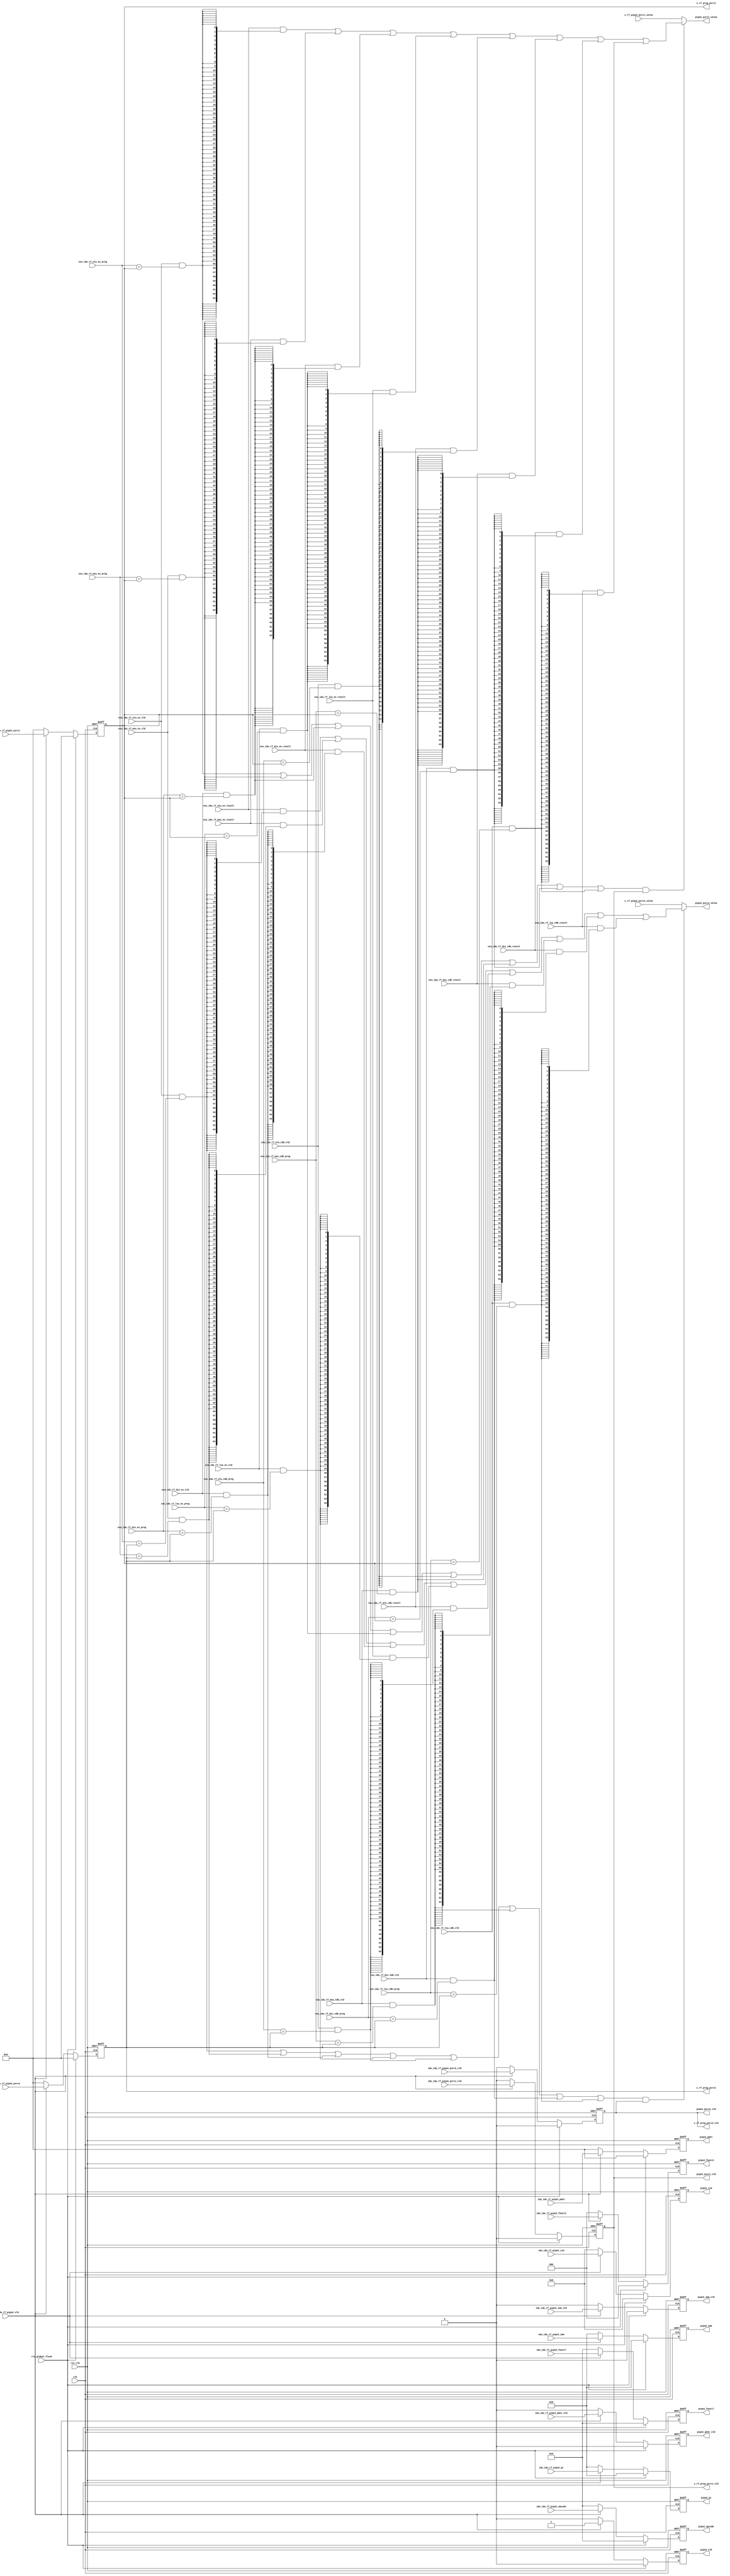
module idu_rf_pipe2 (
    clk,
    rst_clk,
    rtu_global_flush,
    idu_idu_rf_pipe2_vld,
    idu_idu_rf_pipe2_iid,
    idu_idu_rf_pipe2_opcode,
    idu_idu_rf_pipe2_funct7,
    idu_idu_rf_pipe2_funct3,
    idu_idu_rf_pipe2_pc,
    idu_idu_rf_pipe2_psrc1_vld,
    idu_idu_rf_pipe2_psrc1,
    idu_idu_rf_pipe2_psrc2_vld,
    idu_idu_rf_pipe2_psrc2,
    idu_idu_rf_pipe2_pdst_vld,
    idu_idu_rf_pipe2_pdst,
    idu_idu_rf_pipe2_imm_vld,
    idu_idu_rf_pipe2_imm,
    exu_idu_rf_alu_ex_vld,
    exu_idu_rf_alu_ex_preg,
    exu_idu_rf_alu_ex_result,
    exu_idu_rf_mxu_ex_vld,
    exu_idu_rf_mxu_ex_preg,
    exu_idu_rf_mxu_ex_result,
    exu_idu_rf_div_ex_vld,
    exu_idu_rf_div_ex_preg,
    exu_idu_rf_div_ex_result,
    exu_idu_rf_lsu_ex_vld,
    exu_idu_rf_lsu_ex_preg,
    exu_idu_rf_lsu_ex_result,
    exu_idu_rf_alu_cdb_vld,
    exu_idu_rf_alu_cdb_preg,
    exu_idu_rf_alu_cdb_result,
    exu_idu_rf_mxu_cdb_vld,
    exu_idu_rf_mxu_cdb_preg,
    exu_idu_rf_mxu_cdb_result,
    exu_idu_rf_div_cdb_vld,
    exu_idu_rf_div_cdb_preg,
    exu_idu_rf_div_cdb_result,
    exu_idu_rf_lsu_cdb_vld,
    exu_idu_rf_lsu_cdb_preg,
    exu_idu_rf_lsu_cdb_result,
    x_rf_pipe2_psrc1_value,
    x_rf_pipe2_psrc2_value,
    x_rf_preg_psrc1_vld,
    x_rf_preg_psrc1,
    x_rf_preg_psrc2_vld,
    x_rf_preg_psrc2,
    pipe2_vld,
    pipe2_iid,
    pipe2_opcode,
    pipe2_funct7,
    pipe2_funct3,
    pipe2_pc,
    pipe2_psrc1_vld,
    pipe2_psrc1_value,
    pipe2_psrc2_vld,
    pipe2_psrc2_value,
    pipe2_pdst_vld,
    pipe2_pdst,
    pipe2_imm_vld,
    pipe2_imm
);
    // &Ports;
    input         clk;
    input         rst_clk;
    input         rtu_global_flush;
    input         idu_idu_rf_pipe2_vld;
    input  [4 :0] idu_idu_rf_pipe2_iid;
    input  [6 :0] idu_idu_rf_pipe2_opcode;
    input  [6 :0] idu_idu_rf_pipe2_funct7;
    input  [2 :0] idu_idu_rf_pipe2_funct3;
    input  [63:0] idu_idu_rf_pipe2_pc;
    input         idu_idu_rf_pipe2_psrc1_vld;
    input  [5 :0] idu_idu_rf_pipe2_psrc1;
    input         idu_idu_rf_pipe2_psrc2_vld;
    input  [5 :0] idu_idu_rf_pipe2_psrc2;
    input         idu_idu_rf_pipe2_pdst_vld;
    input  [5 :0] idu_idu_rf_pipe2_pdst;
    input         idu_idu_rf_pipe2_imm_vld;
    input  [63:0] idu_idu_rf_pipe2_imm;
    input         exu_idu_rf_alu_ex_vld;
    input  [5 :0] exu_idu_rf_alu_ex_preg;
    input  [63:0] exu_idu_rf_alu_ex_result;
    input         exu_idu_rf_mxu_ex_vld;
    input  [5 :0] exu_idu_rf_mxu_ex_preg;
    input  [63:0] exu_idu_rf_mxu_ex_result;
    input         exu_idu_rf_div_ex_vld;
    input  [5 :0] exu_idu_rf_div_ex_preg;
    input  [63:0] exu_idu_rf_div_ex_result;
    input         exu_idu_rf_lsu_ex_vld;
    input  [5 :0] exu_idu_rf_lsu_ex_preg;
    input  [63:0] exu_idu_rf_lsu_ex_result;
    input         exu_idu_rf_alu_cdb_vld;
    input  [5 :0] exu_idu_rf_alu_cdb_preg;
    input  [63:0] exu_idu_rf_alu_cdb_result;
    input         exu_idu_rf_mxu_cdb_vld;
    input  [5 :0] exu_idu_rf_mxu_cdb_preg;
    input  [63:0] exu_idu_rf_mxu_cdb_result;
    input         exu_idu_rf_div_cdb_vld;
    input  [5 :0] exu_idu_rf_div_cdb_preg;
    input  [63:0] exu_idu_rf_div_cdb_result;
    input         exu_idu_rf_lsu_cdb_vld;
    input  [5 :0] exu_idu_rf_lsu_cdb_preg;
    input  [63:0] exu_idu_rf_lsu_cdb_result;
    input  [63:0] x_rf_pipe2_psrc1_value;
    input  [63:0] x_rf_pipe2_psrc2_value;
    output        x_rf_preg_psrc1_vld;
    output [5 :0] x_rf_preg_psrc1;
    output        x_rf_preg_psrc2_vld;
    output [5 :0] x_rf_preg_psrc2;
    output        pipe2_vld;
    output [4 :0] pipe2_iid;
    output [6 :0] pipe2_opcode;
    output [6 :0] pipe2_funct7;
    output [2 :0] pipe2_funct3;
    output [63:0] pipe2_pc;
    output        pipe2_psrc1_vld;
    output [63:0] pipe2_psrc1_value;
    output        pipe2_psrc2_vld;
    output [63:0] pipe2_psrc2_value;
    output        pipe2_pdst_vld;
    output [5 :0] pipe2_pdst;
    output        pipe2_imm_vld;
    output [63:0] pipe2_imm;

    // &Regs;
    reg        x_rf_preg_psrc1_vld;
    reg [5 :0] x_rf_preg_psrc1;
    reg        x_rf_preg_psrc2_vld;
    reg [5 :0] x_rf_preg_psrc2;
    reg        pipe2_vld;
    reg [4 :0] pipe2_iid;
    reg [6 :0] pipe2_opcode;
    reg [6 :0] pipe2_funct7;
    reg [2 :0] pipe2_funct3;
    reg [63:0] pipe2_pc;
    reg        pipe2_pdst_vld;
    reg [5 :0] pipe2_pdst;
    reg        pipe2_imm_vld;
    reg [63:0] pipe2_imm;

    // &Wires;
    wire        clk;
    wire        rst_clk;
    wire        rtu_global_flush;
    wire        idu_idu_rf_pipe2_vld;
    wire [4 :0] idu_idu_rf_pipe2_iid;
    wire [6 :0] idu_idu_rf_pipe2_opcode;
    wire [6 :0] idu_idu_rf_pipe2_funct7;
    wire [2 :0] idu_idu_rf_pipe2_funct3;
    wire [63:0] idu_idu_rf_pipe2_pc;
    wire        idu_idu_rf_pipe2_psrc1_vld;
    wire [5 :0] idu_idu_rf_pipe2_psrc1;
    wire        idu_idu_rf_pipe2_psrc2_vld;
    wire [5 :0] idu_idu_rf_pipe2_psrc2;
    wire        idu_idu_rf_pipe2_pdst_vld;
    wire [5 :0] idu_idu_rf_pipe2_pdst;
    wire        idu_idu_rf_pipe2_imm_vld;
    wire [63:0] idu_idu_rf_pipe2_imm;
    wire        exu_idu_rf_alu_ex_vld;
    wire [5 :0] exu_idu_rf_alu_ex_preg;
    wire [63:0] exu_idu_rf_alu_ex_result;
    wire        exu_idu_rf_alu_ex_psrc1_match;
    wire        exu_idu_rf_alu_ex_psrc2_match;
    wire        exu_idu_rf_mxu_ex_vld;
    wire [5 :0] exu_idu_rf_mxu_ex_preg;
    wire [63:0] exu_idu_rf_mxu_ex_result;
    wire        exu_idu_rf_mxu_ex_psrc1_match;
    wire        exu_idu_rf_mxu_ex_psrc2_match;
    wire        exu_idu_rf_div_ex_vld;
    wire [5 :0] exu_idu_rf_div_ex_preg;
    wire [63:0] exu_idu_rf_div_ex_result;
    wire        exu_idu_rf_div_ex_psrc1_match;
    wire        exu_idu_rf_div_ex_psrc2_match;
    wire        exu_idu_rf_lsu_ex_vld;
    wire [5 :0] exu_idu_rf_lsu_ex_preg;
    wire [63:0] exu_idu_rf_lsu_ex_result;
    wire        exu_idu_rf_lsu_ex_psrc1_match;
    wire        exu_idu_rf_lsu_ex_psrc2_match;
    wire        exu_idu_rf_alu_cdb_vld;
    wire [5 :0] exu_idu_rf_alu_cdb_preg;
    wire [63:0] exu_idu_rf_alu_cdb_result;
    wire        exu_idu_rf_alu_cdb_psrc1_match;
    wire        exu_idu_rf_alu_cdb_psrc2_match;
    wire        exu_idu_rf_mxu_cdb_vld;
    wire [5 :0] exu_idu_rf_mxu_cdb_preg;
    wire [63:0] exu_idu_rf_mxu_cdb_result;
    wire        exu_idu_rf_mxu_cdb_psrc1_match;
    wire        exu_idu_rf_mxu_cdb_psrc2_match;
    wire        exu_idu_rf_div_cdb_vld;
    wire [5 :0] exu_idu_rf_div_cdb_preg;
    wire [63:0] exu_idu_rf_div_cdb_result;
    wire        exu_idu_rf_div_cdb_psrc1_match;
    wire        exu_idu_rf_div_cdb_psrc2_match;
    wire        exu_idu_rf_lsu_cdb_vld;
    wire [5 :0] exu_idu_rf_lsu_cdb_preg;
    wire [63:0] exu_idu_rf_lsu_cdb_result;
    wire        exu_idu_rf_lsu_cdb_psrc1_match;
    wire        exu_idu_rf_lsu_cdb_psrc2_match;
    wire        forward_psrc1_match;
    wire        forward_psrc2_match;
    wire [63:0] x_rf_pipe2_psrc1_value;
    wire [63:0] x_rf_pipe2_psrc2_value;
    wire        pipe2_psrc1_vld;
    wire [63:0] pipe2_psrc1_value;
    wire        pipe2_psrc2_vld;
    wire [63:0] pipe2_psrc2_value;

    always @(posedge clk or negedge rst_clk)
    begin
        if (!rst_clk) begin
            pipe2_vld           <= 0;
            pipe2_iid           <= 0;
            pipe2_opcode        <= 0;
            pipe2_funct7        <= 0;
            pipe2_funct3        <= 0;
            pipe2_pc            <= 0;
            x_rf_preg_psrc1_vld <= 0;
            x_rf_preg_psrc1     <= 0;
            x_rf_preg_psrc2_vld <= 0;
            x_rf_preg_psrc2     <= 0;
            pipe2_pdst_vld      <= 0;
            pipe2_pdst          <= 0;
            pipe2_imm_vld       <= 0;
            pipe2_imm           <= 0;
        end
        else if (rtu_global_flush) begin
            pipe2_vld           <= 0;
            pipe2_iid           <= 0;
            pipe2_opcode        <= 0;
            pipe2_funct7        <= 0;
            pipe2_funct3        <= 0;
            pipe2_pc            <= 0;
            x_rf_preg_psrc1_vld <= 0;
            x_rf_preg_psrc1     <= 0;
            x_rf_preg_psrc2_vld <= 0;
            x_rf_preg_psrc2     <= 0;
            pipe2_pdst_vld      <= 0;
            pipe2_pdst          <= 0;
            pipe2_imm_vld       <= 0;
            pipe2_imm           <= 0;
        end
        else if (idu_idu_rf_pipe2_vld) begin
            pipe2_vld           <= 1;
            pipe2_iid           <= idu_idu_rf_pipe2_iid;
            pipe2_opcode        <= idu_idu_rf_pipe2_opcode;
            pipe2_funct7        <= idu_idu_rf_pipe2_funct7;
            pipe2_funct3        <= idu_idu_rf_pipe2_funct3;
            pipe2_pc            <= idu_idu_rf_pipe2_pc;
            x_rf_preg_psrc1_vld <= idu_idu_rf_pipe2_psrc1_vld;
            x_rf_preg_psrc1     <= idu_idu_rf_pipe2_psrc1;
            x_rf_preg_psrc2_vld <= idu_idu_rf_pipe2_psrc2_vld;
            x_rf_preg_psrc2     <= idu_idu_rf_pipe2_psrc2;
            pipe2_pdst_vld      <= idu_idu_rf_pipe2_pdst_vld;
            pipe2_pdst          <= idu_idu_rf_pipe2_pdst;
            pipe2_imm_vld       <= idu_idu_rf_pipe2_imm_vld;
            pipe2_imm           <= idu_idu_rf_pipe2_imm;
        end
        else begin
            pipe2_vld           <= 0;
            pipe2_iid           <= 0;
            pipe2_opcode        <= 0;
            pipe2_funct7        <= 0;
            pipe2_funct3        <= 0;
            pipe2_pc            <= 0;
            x_rf_preg_psrc1_vld <= 0;
            x_rf_preg_psrc1     <= 0;
            x_rf_preg_psrc2_vld <= 0;
            x_rf_preg_psrc2     <= 0;
            pipe2_pdst_vld      <= 0;
            pipe2_pdst          <= 0;
            pipe2_imm_vld       <= 0;
            pipe2_imm           <= 0;
        end
    end

    assign pipe2_psrc1_vld = x_rf_preg_psrc1_vld;
    assign pipe2_psrc2_vld = x_rf_preg_psrc2_vld;

    assign exu_idu_rf_alu_ex_psrc1_match = exu_idu_rf_alu_ex_vld & (exu_idu_rf_alu_ex_preg == x_rf_preg_psrc1);
    assign exu_idu_rf_alu_ex_psrc2_match = exu_idu_rf_alu_ex_vld & (exu_idu_rf_alu_ex_preg == x_rf_preg_psrc2);
    assign exu_idu_rf_mxu_ex_psrc1_match = exu_idu_rf_mxu_ex_vld & (exu_idu_rf_mxu_ex_preg == x_rf_preg_psrc1);
    assign exu_idu_rf_mxu_ex_psrc2_match = exu_idu_rf_mxu_ex_vld & (exu_idu_rf_mxu_ex_preg == x_rf_preg_psrc2);
    assign exu_idu_rf_div_ex_psrc1_match = exu_idu_rf_div_ex_vld & (exu_idu_rf_div_ex_preg == x_rf_preg_psrc1);
    assign exu_idu_rf_div_ex_psrc2_match = exu_idu_rf_div_ex_vld & (exu_idu_rf_div_ex_preg == x_rf_preg_psrc2);
    assign exu_idu_rf_lsu_ex_psrc1_match = exu_idu_rf_lsu_ex_vld & (exu_idu_rf_lsu_ex_preg == x_rf_preg_psrc1);
    assign exu_idu_rf_lsu_ex_psrc2_match = exu_idu_rf_lsu_ex_vld & (exu_idu_rf_lsu_ex_preg == x_rf_preg_psrc2);
    assign exu_idu_rf_alu_cdb_psrc1_match = exu_idu_rf_alu_cdb_vld & (exu_idu_rf_alu_cdb_preg == x_rf_preg_psrc1);
    assign exu_idu_rf_alu_cdb_psrc2_match = exu_idu_rf_alu_cdb_vld & (exu_idu_rf_alu_cdb_preg == x_rf_preg_psrc2);
    assign exu_idu_rf_mxu_cdb_psrc1_match = exu_idu_rf_mxu_cdb_vld & (exu_idu_rf_mxu_cdb_preg == x_rf_preg_psrc1);
    assign exu_idu_rf_mxu_cdb_psrc2_match = exu_idu_rf_mxu_cdb_vld & (exu_idu_rf_mxu_cdb_preg == x_rf_preg_psrc2);
    assign exu_idu_rf_div_cdb_psrc1_match = exu_idu_rf_div_cdb_vld & (exu_idu_rf_div_cdb_preg == x_rf_preg_psrc1);
    assign exu_idu_rf_div_cdb_psrc2_match = exu_idu_rf_div_cdb_vld & (exu_idu_rf_div_cdb_preg == x_rf_preg_psrc2);
    assign exu_idu_rf_lsu_cdb_psrc1_match = exu_idu_rf_lsu_cdb_vld & (exu_idu_rf_lsu_cdb_preg == x_rf_preg_psrc1);
    assign exu_idu_rf_lsu_cdb_psrc2_match = exu_idu_rf_lsu_cdb_vld & (exu_idu_rf_lsu_cdb_preg == x_rf_preg_psrc2);
    assign forward_psrc1_match = exu_idu_rf_alu_ex_psrc1_match
                               | exu_idu_rf_mxu_ex_psrc1_match
                               | exu_idu_rf_div_ex_psrc1_match
                               | exu_idu_rf_lsu_ex_psrc1_match
                               | exu_idu_rf_alu_cdb_psrc1_match
                               | exu_idu_rf_mxu_cdb_psrc1_match
                               | exu_idu_rf_div_cdb_psrc1_match
                               | exu_idu_rf_lsu_cdb_psrc1_match;
    assign forward_psrc2_match = exu_idu_rf_alu_ex_psrc2_match
                               | exu_idu_rf_mxu_ex_psrc2_match
                               | exu_idu_rf_div_ex_psrc2_match
                               | exu_idu_rf_lsu_ex_psrc2_match
                               | exu_idu_rf_alu_cdb_psrc2_match
                               | exu_idu_rf_mxu_cdb_psrc2_match
                               | exu_idu_rf_div_cdb_psrc2_match
                               | exu_idu_rf_lsu_cdb_psrc2_match;

    assign pipe2_psrc1_value = (forward_psrc1_match & x_rf_preg_psrc1_vld) ? (
                                      (exu_idu_rf_alu_ex_result & {64{exu_idu_rf_alu_ex_psrc1_match}})
                                    | (exu_idu_rf_mxu_ex_result & {64{exu_idu_rf_mxu_ex_psrc1_match}})
                                    | (exu_idu_rf_div_ex_result & {64{exu_idu_rf_div_ex_psrc1_match}})
                                    | (exu_idu_rf_lsu_ex_result & {64{exu_idu_rf_lsu_ex_psrc1_match}})
                                    | (exu_idu_rf_alu_cdb_result & {64{exu_idu_rf_alu_cdb_psrc1_match}})
                                    | (exu_idu_rf_mxu_cdb_result & {64{exu_idu_rf_mxu_cdb_psrc1_match}})
                                    | (exu_idu_rf_div_cdb_result & {64{exu_idu_rf_div_cdb_psrc1_match}})
                                    | (exu_idu_rf_lsu_cdb_result & {64{exu_idu_rf_lsu_cdb_psrc1_match}}))
                                    : x_rf_pipe2_psrc1_value;
    assign pipe2_psrc2_value = (forward_psrc2_match & x_rf_preg_psrc2_vld) ? (
                                      (exu_idu_rf_alu_ex_result & {64{exu_idu_rf_alu_ex_psrc2_match}})
                                    | (exu_idu_rf_mxu_ex_result & {64{exu_idu_rf_mxu_ex_psrc2_match}})
                                    | (exu_idu_rf_div_ex_result & {64{exu_idu_rf_div_ex_psrc2_match}})
                                    | (exu_idu_rf_lsu_ex_result & {64{exu_idu_rf_lsu_ex_psrc2_match}})
                                    | (exu_idu_rf_alu_cdb_result & {64{exu_idu_rf_alu_cdb_psrc2_match}})
                                    | (exu_idu_rf_mxu_cdb_result & {64{exu_idu_rf_mxu_cdb_psrc2_match}})
                                    | (exu_idu_rf_div_cdb_result & {64{exu_idu_rf_div_cdb_psrc2_match}})
                                    | (exu_idu_rf_lsu_cdb_result & {64{exu_idu_rf_lsu_cdb_psrc2_match}}))
                                    : x_rf_pipe2_psrc2_value;

endmodule